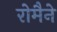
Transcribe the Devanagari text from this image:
रोमैने